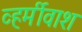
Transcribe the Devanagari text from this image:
व्हर्मीवाश